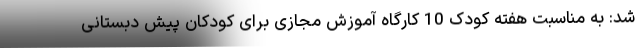
شد: به مناسبت هفته کودک 10 کارگاه آموزش مجازی برای کودکان پیش دبستانی